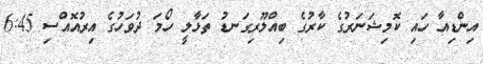
އިންޑިއާ ހައި ކޮމިޝަނަރުގެ ކާރުގެ ބިއްލޫރިގަނޑު ތަޅާލީ ހޯމަ ދުވަހުގެ އިރުއޮއްސި 6:45